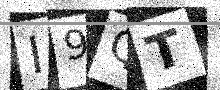
Text: I9QT